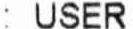
: USER